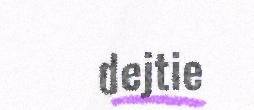
dejtie